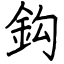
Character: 鈎